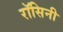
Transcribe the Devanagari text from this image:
रॉसिनी